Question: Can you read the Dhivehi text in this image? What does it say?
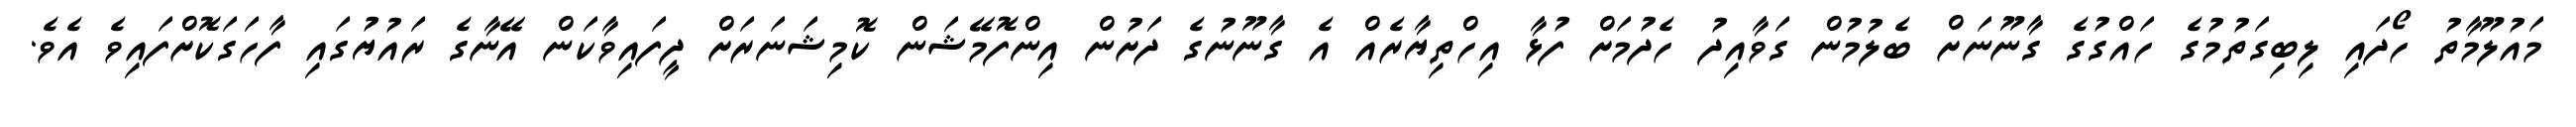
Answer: މައުލޫމާތު ހޯދައި ލިބިގަތުމުގެ ހައްގުގެ ގާނޫނަށް ބެލުމުން ގަވާއިދު ހެދުމަށް ފުޅާ އިހްތިޔާރެއް އެ ގާނޫނުގެ ދަށުން އިންފޮމޭޝަން ކޮމިޝަނަރަށް ދީފައިވާކަން އޭނާގެ ރައުޔުގައި ފާހަގަކޮށްފައިވެ އެވެ.